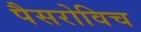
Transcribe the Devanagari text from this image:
पैसरोविच